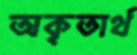
অকৃতার্থ